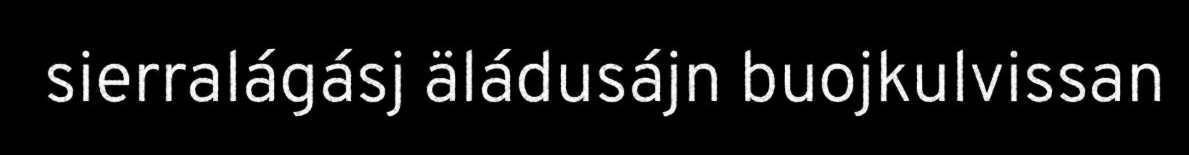
sierralágásj äládusájn buojkulvissan